Leningradi_Edasi_toimetus, lk 117
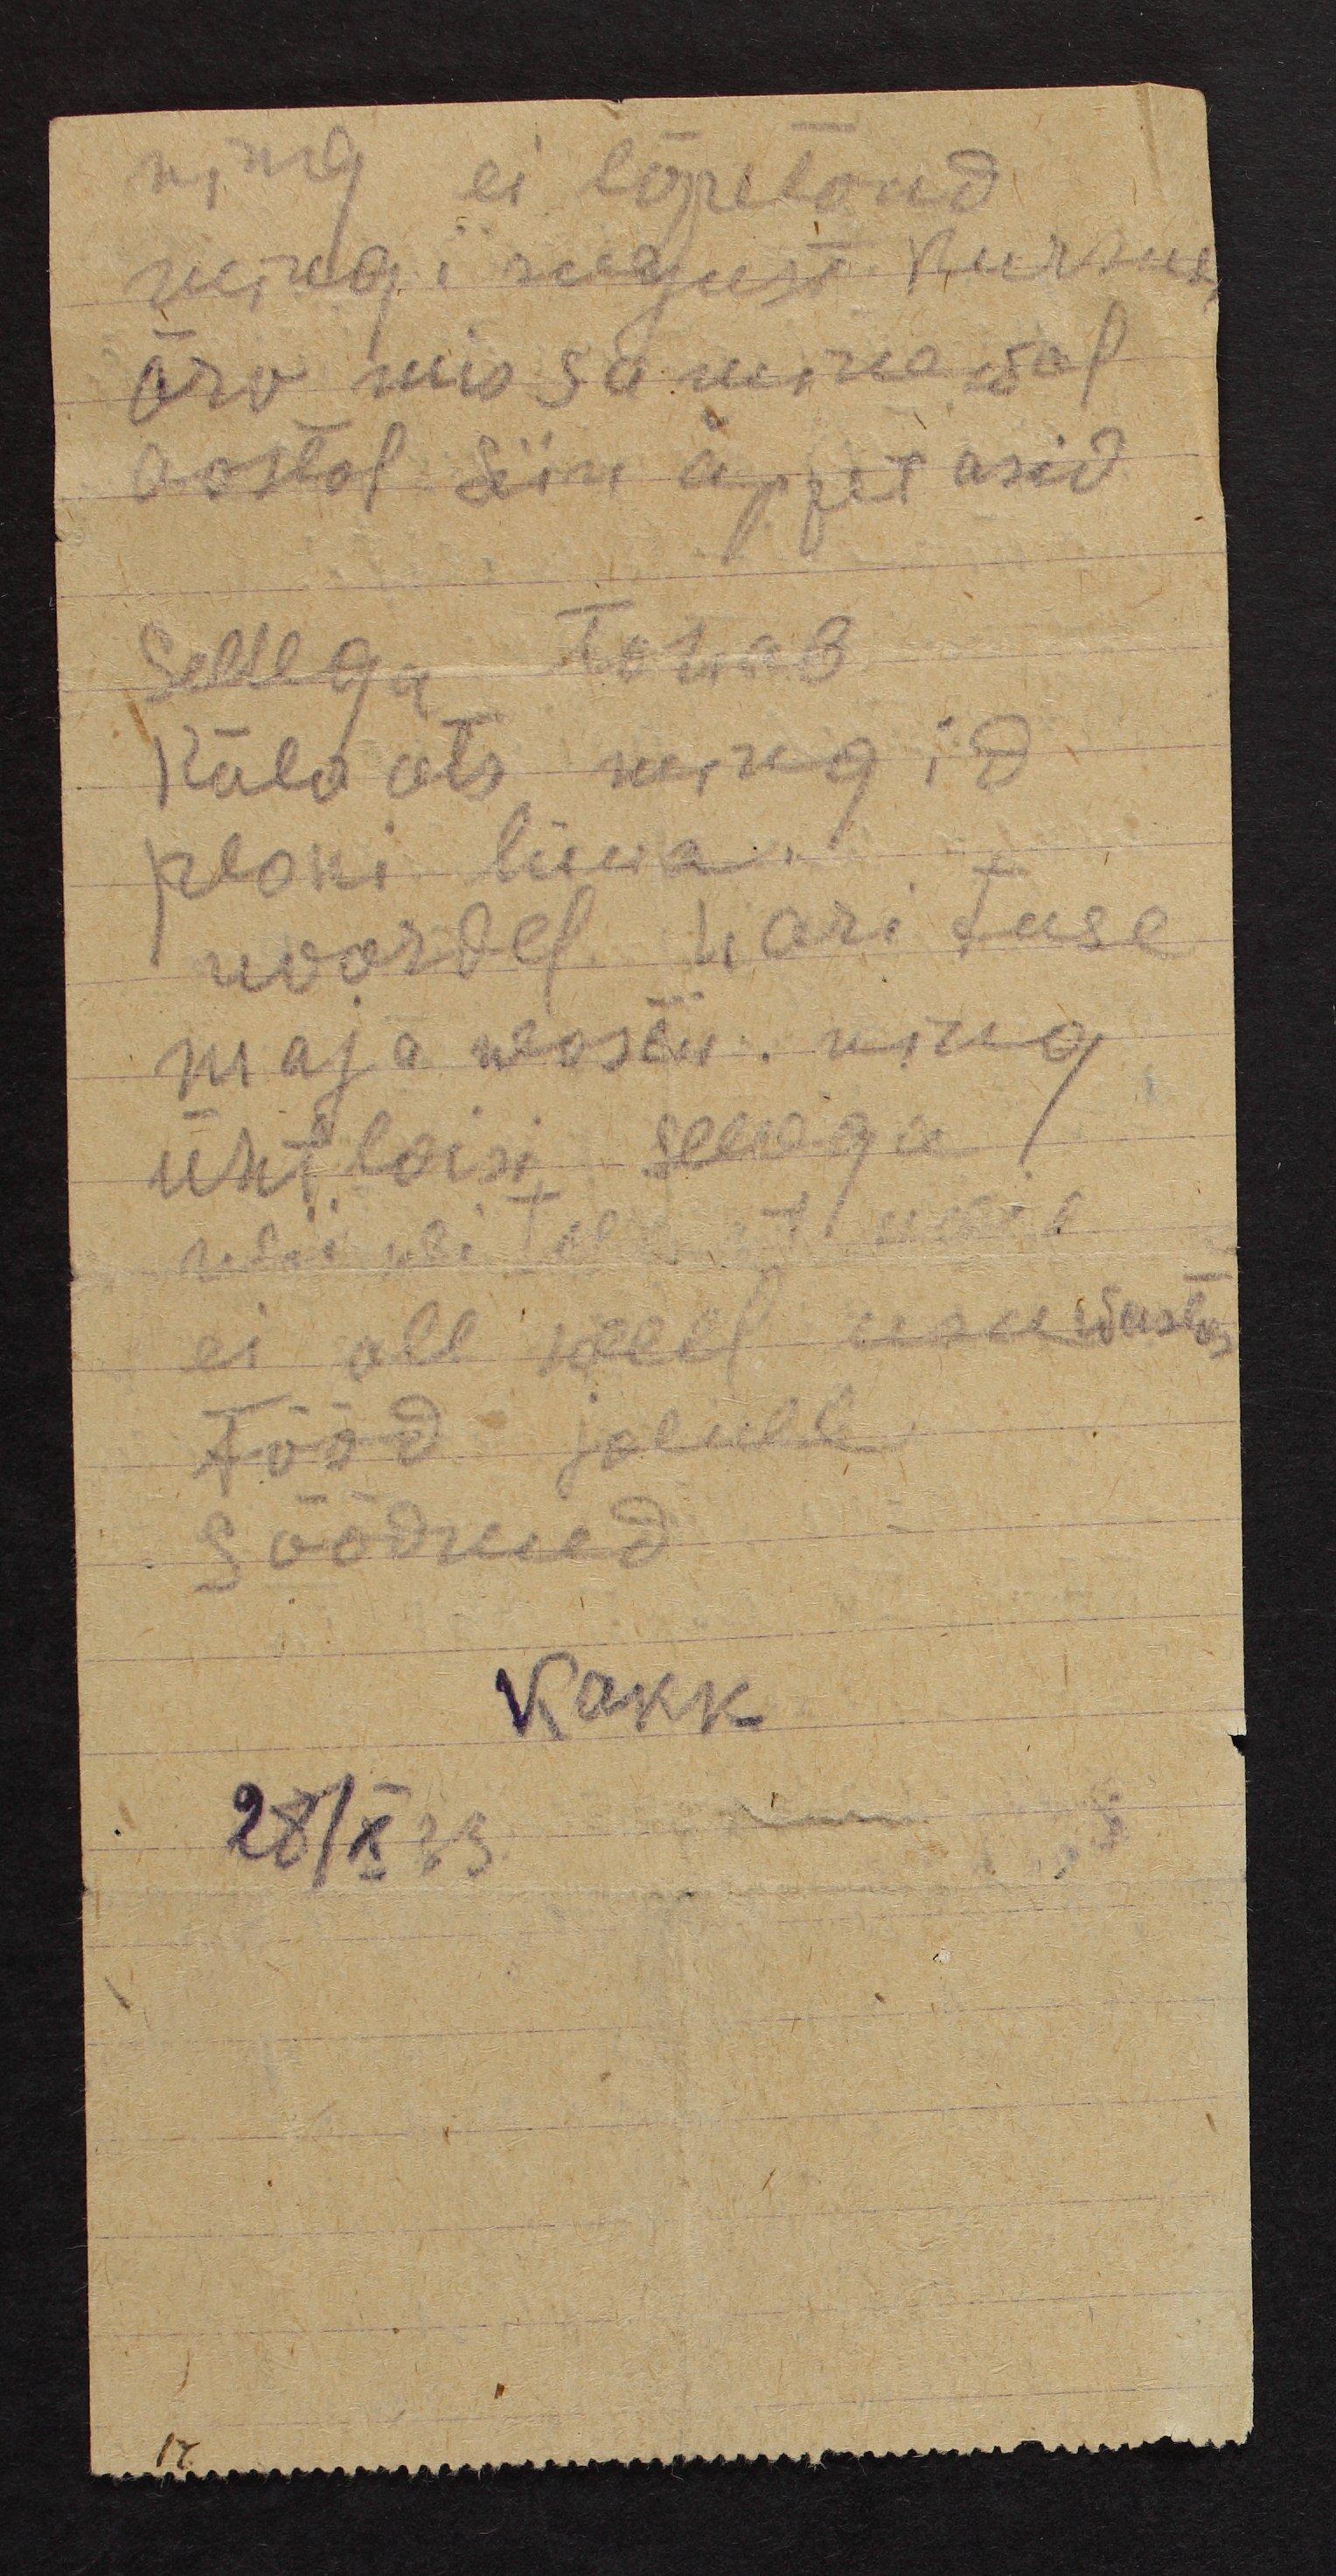
ning ei lõpetand
mingisugust kursust
ära mis sa minewal
aastal siin õppetasid
Sellega tahab
Külaots mingid
plani luua.
noordel harituse
maja wastu. ning
ühtlaisi sellega
aedat oli et meie
ei ole weel usuwastas
tööd jalule
Säädnud
Kakk
28/X33